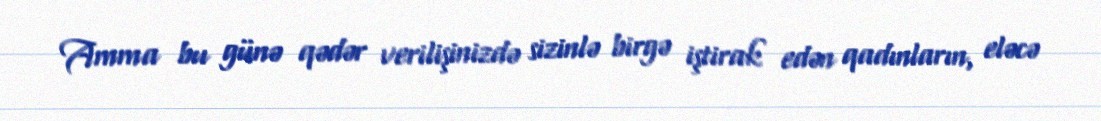
Amma bu günə qədər verilişinizdə sizinlə birgə iştirak edən qadınların, eləcə